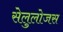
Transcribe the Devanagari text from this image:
सेलुलोजस